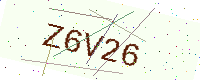
Text: Z6V26